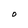
Character: O